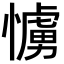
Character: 𢢛